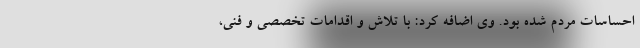
احساسات مردم شده بود. وی اضافه کرد: با تلاش و اقدامات تخصصی و فنی،